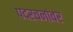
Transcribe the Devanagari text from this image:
पदरचनांवर